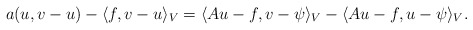
\begin{align*}a(u,v-u)-\langle f,v-u\rangle_V=\langle Au-f,v-\psi\rangle_V-\langle Au-f,u-\psi \rangle_V.\end{align*}